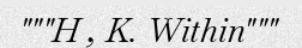
"""H , K. Within"""